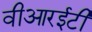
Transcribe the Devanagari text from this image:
वीआरईटी